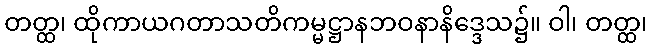
တတ္ထ၊ ထိုကာယဂတာသတိကမ္မဋ္ဌာနဘဝနာနိဒ္ဒေသ၌။ ဝါ၊ တတ္ထ၊